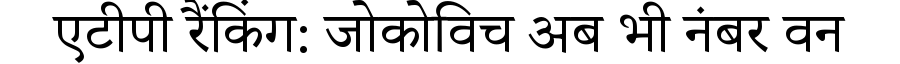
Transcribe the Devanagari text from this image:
एटीपी रैंकिंग: जोकोविच अब भी नंबर वन